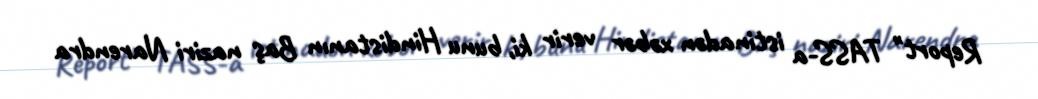
Report" TASS-a istinadən xəbər verir ki, bunu Hindistanın Baş naziri Narendra